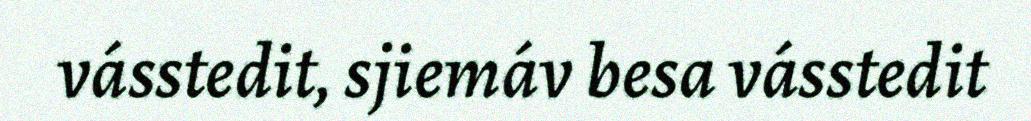
vásstedit, sjiemáv besa vásstedit